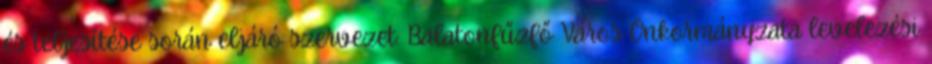
és teljesítése során eljáró szervezet: Balatonfűzfő Város Önkormányzata levelezési